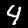
Digit: 4